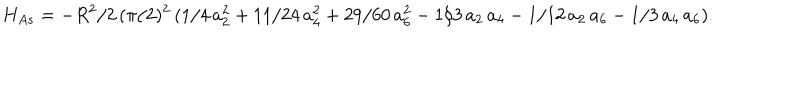
LaTeX: H _ { A s } = - R ^ { 2 } / 2 \, ( \pi / 2 ) ^ { 2 } \, ( 1 / 4 \, a _ { 2 } ^ { 2 } + 1 1 / 2 4 \, a _ { 4 } ^ { 2 } + 2 9 / 6 0 \, a _ { 6 } ^ { 2 } - 1 / 3 \, a _ { 2 } \, a _ { 4 } - 1 / 1 2 \, a _ { 2 } \, a _ { 6 } - 1 / 3 \, a _ { 4 } \, a _ { 6 } ) .